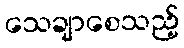
သေချာစေသည့်